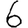
Digit: 6